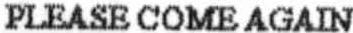
PLEASE COME AGAIN